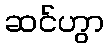
ဆင်ဟွာ